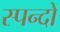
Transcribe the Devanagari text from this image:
स्पन्दों